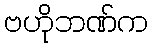
ဗဟိုဘဏ်က